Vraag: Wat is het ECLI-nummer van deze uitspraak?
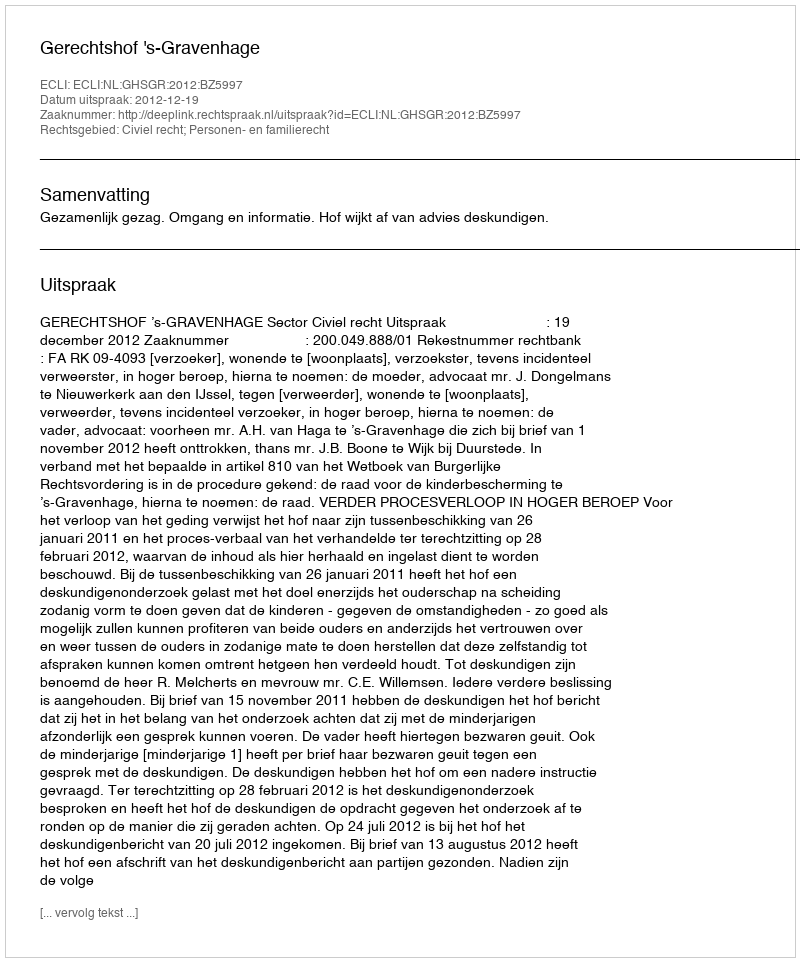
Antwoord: ECLI:NL:GHSGR:2012:BZ5997